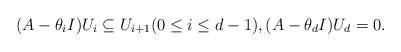
LaTeX: \begin{align*}(A - \theta_i I ) U_i \subseteq U_{i+1} (0 \leq i \leq d-1), (A-\theta_d I )U_d=0.\end{align*}